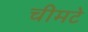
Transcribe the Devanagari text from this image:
चीमटे